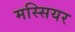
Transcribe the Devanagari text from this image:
मस्सियर